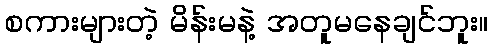
စကားများတဲ့ မိန်းမနဲ့ အတူမနေချင်ဘူး။